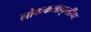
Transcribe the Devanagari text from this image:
लोककलाकृतींचा